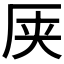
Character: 𫨆